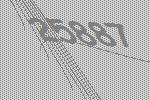
25887